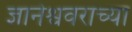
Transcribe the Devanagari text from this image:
ज्ञानेश्ववरांच्या